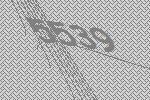
5539